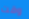
وقت